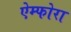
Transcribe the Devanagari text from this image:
ऐम्फोरा